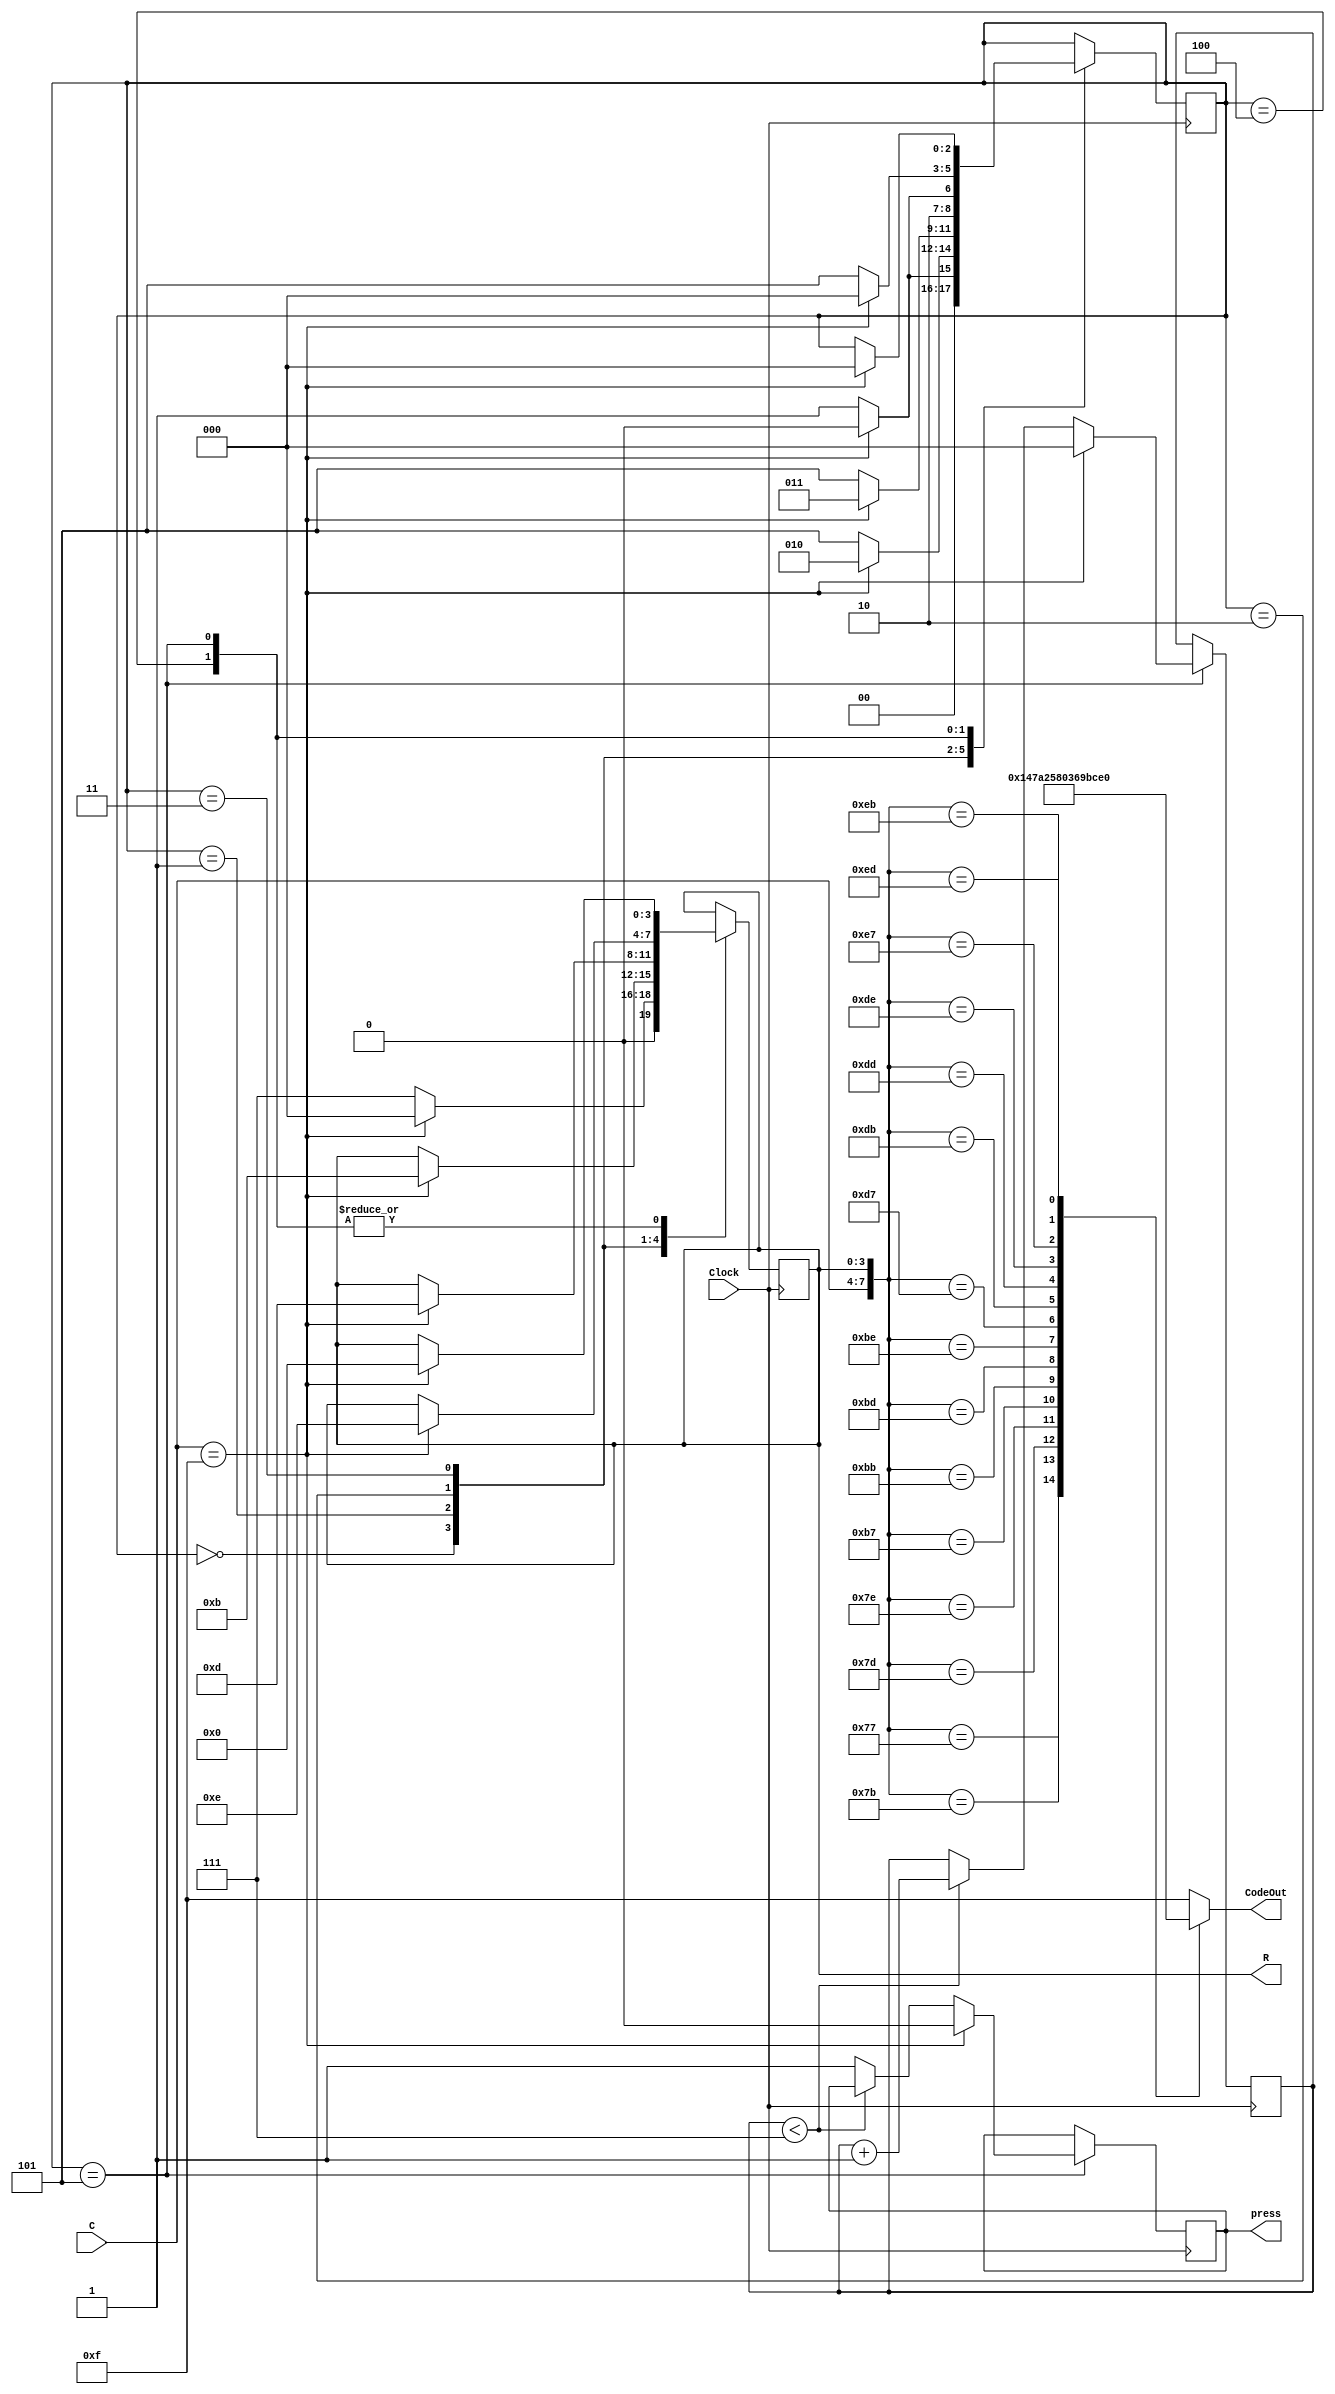
module Keyboard
(
	input Clock,
	input [3:0]C,						//C
	output reg press,
	output reg[3:0]CodeOut,	R  	//R
);	

reg [2:0]state, flag;
parameter						//
	KeyNo  = 3'b000,
	State1 = 3'b001,
	State2 = 3'b010,
	State3 = 3'b011,
	State4 = 3'b100,
	KeyYes = 3'b101;
	
	
always @(posedge Clock)
	case(state)
		KeyNo:
			if(C == 4'b1111)
				begin state <= KeyNo; R <= 4'b0000; end
			else
				begin state <= State1; R <= 4'b0111; end
		State1:
			if(C == 4'b1111)
				begin state <= State2; R <= 4'b1011; end
			else
				state <= KeyYes;
		State2:
			if(C == 4'b1111)
				begin	state <= State3; R <= 4'b1101; end
			else
				state <= KeyYes;
		State3:
			if(C == 4'b1111)
				begin state <= State4; R <= 4'b1110; end
			else
				state <= KeyYes;
		State4:
			if(C == 4'b1111)
				begin state <= KeyNo; R <= 4'b0000;	end
			else
				state <= KeyYes;
		KeyYes:
			if(C == 4'b1111)
				begin 
					state <= KeyNo; 
					R <= 4'b0000; 		
					press <= 0;			//press0
					flag <= 0;			//
				end
			else if(flag < 7)			//7
					flag <= flag+1;
			else
				press <= 1;				//press1
	endcase

always @({C,R})
	case({C,R})
		8'b01110111: CodeOut <= 4'h1;
		8'b01111011: CodeOut <= 4'h4;
		8'b01111101: CodeOut <= 4'h7;
		8'b01111110: CodeOut <= 4'ha;			
				
		8'b10110111: CodeOut <= 4'h2;
		8'b10111011: CodeOut <= 4'h5;
		8'b10111101: CodeOut <= 4'h8;
		8'b10111110: CodeOut <= 4'h0;
					
		8'b11010111: CodeOut <= 4'h3;
		8'b11011011: CodeOut <= 4'h6;
		8'b11011101: CodeOut <= 4'h9;
		8'b11011110: CodeOut <= 4'hb;
		
		8'b11100111: CodeOut <= 4'hc;
		8'b11101011: CodeOut <= 4'hd;
		8'b11101101: CodeOut <= 4'he;
		default: CodeOut <= 4'hf;			
	endcase
endmodule